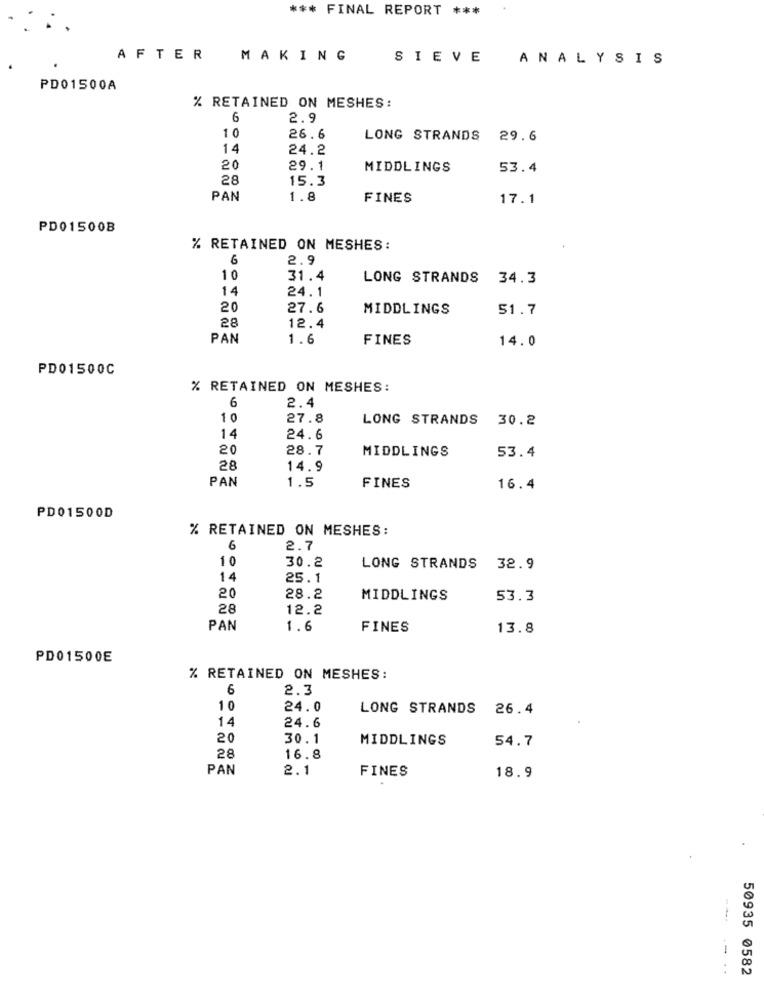
*** FINAL REPORT ***
AFTER
MAKING
SIEVE
ANALYSIS
PD01500A
% RETAINED ON MESHES:
6
2.9
1 0
26.6
LONG STRANDS 29.6
14
24.2
20
29.1
MIDDLINGS
53.4
28
15.3
PAN
1.8
FINES
17.1
PD01500B
% RETAINED ON MESHES:
6
2.9
10
31.4
LONG STRANDS 34.3
14
24.1
20
27.6
MIDDLINGS
51.7
28
12.4
PAN
1.6
FINES
14.0
PD01500C
% RETAINED ON MESHES:
6
2.4
1 0
27.8
LONG STRANDS 30.2
14
24.6
20
28.7
MIDDLINGS
53.4
28
14.9
PAN
1.5
FINES
16.4
PD01500D
% RETAINED ON MESHES:
6
2.7
10
30.2
LONG STRANDS
32.9
14
25.1
20
28.2
MIDDLINGS
53.3
28
12.2
PAN
1.6
FINES
13.8
PD01500E
% RETAINED ON MESHES:
6
2.3
10
24.0
LONG STRANDS
26.4
14
24.6
20
30.1
MIDDLINGS
54.7
28
16.8
PAN
2.1
FINES
18.9
-----..
50935 0582